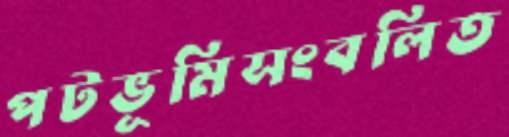
পটভূমিসংবলিত